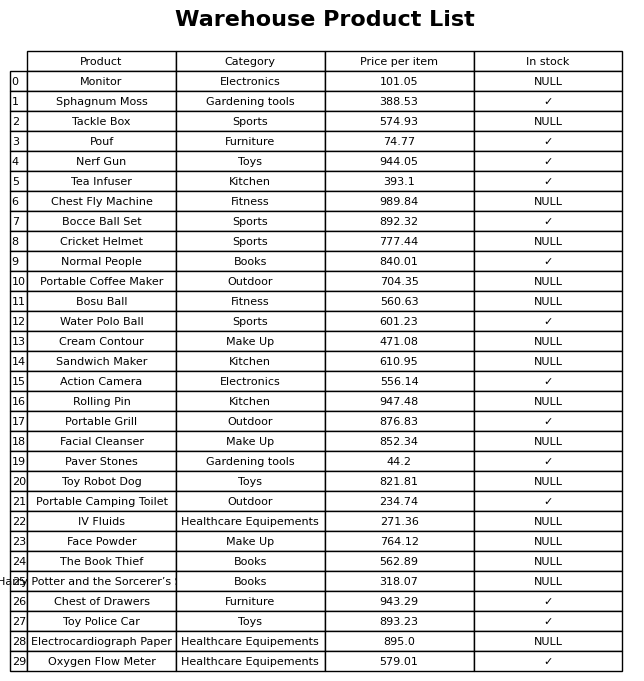
question: Is the Monitor in stock?
answer: NULL